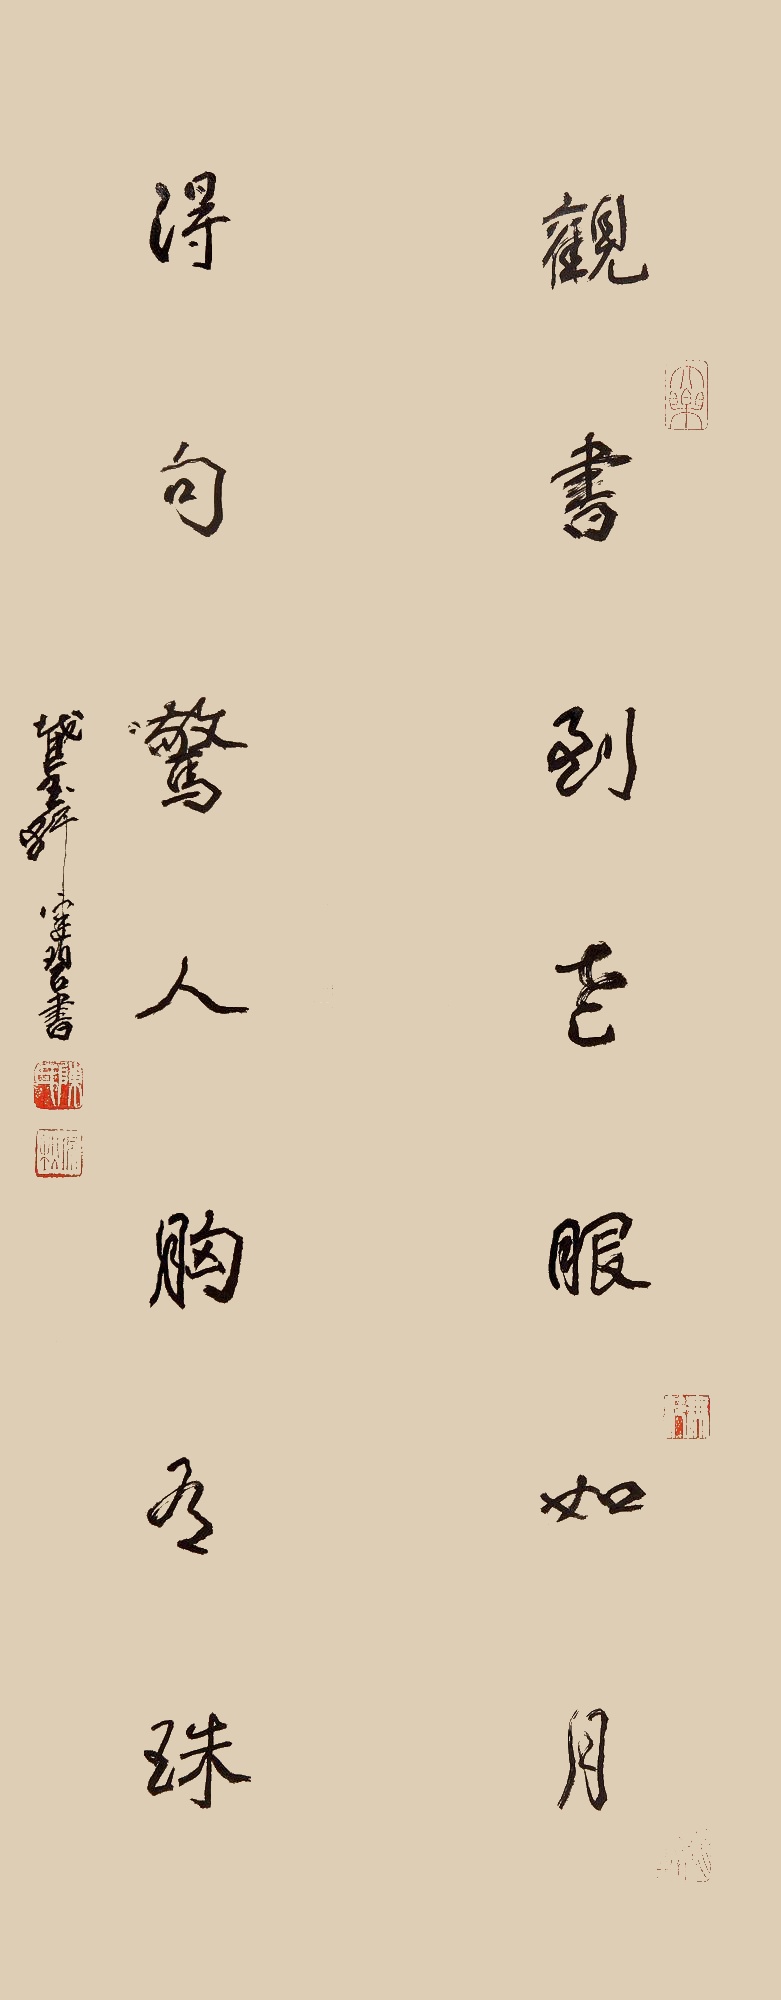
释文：观书到老眼如月，得句惊人胸有珠。截玉轩健碧书。